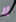
لا